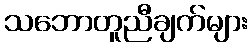
သဘောတူညီချက်များ